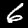
Digit: 6